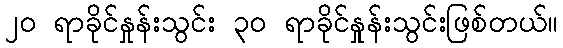
၂၀ ရာခိုင်နှုန်းသွင်း ၃၀ ရာခိုင်နှုန်းသွင်းဖြစ်တယ်။